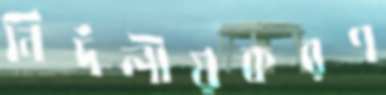
নির্দলীয়করণ